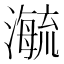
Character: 𬉕